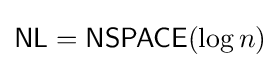
{\mathsf {NL}}={\mathsf {NSPACE}}(\log n)